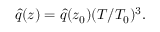
\hat { q } ( z ) = \hat { q } ( z _ { 0 } ) ( T / T _ { 0 } ) ^ { 3 } .